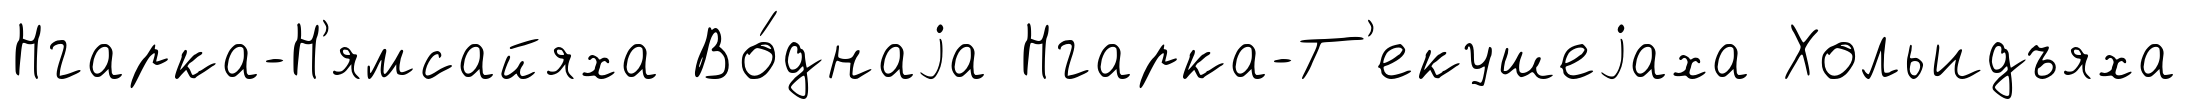
Нгарка-Н'ямсайяха Во́днаjа Нгарка-Т'екушеjаха Хольидъяха